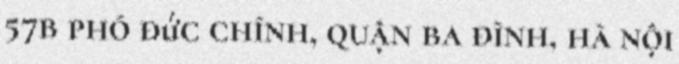
57b phó đức chính, quận ba đình, hà nội